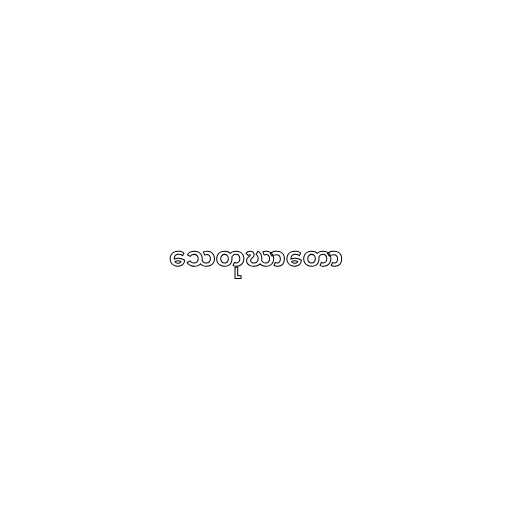
သေတုဃာတော